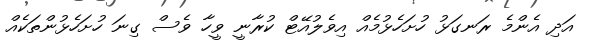
އަދި އެންމެ ރަނގަޅު ހުށަހެޅުމެއް އިވެލުއޭޓް ކުރާނީ ވީހާ ވެސް ގިނަ ހުށަހެޅުންތަކެއް